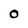
Character: O